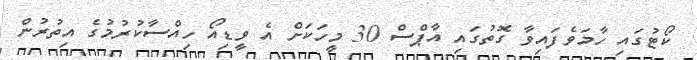
ކޯޓުގައި ހާމަވެފައިވާ ގޮތުގައި އާޕްސް 30 މީހަކަށް އެ ވީޑިއޯ ހިއްސާކުރުމުގެ އިތުރުން